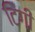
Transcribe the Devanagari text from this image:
टिंगी